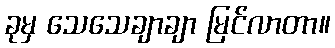
ခုမှ သေသေချာချာ မြင်လာတာ။